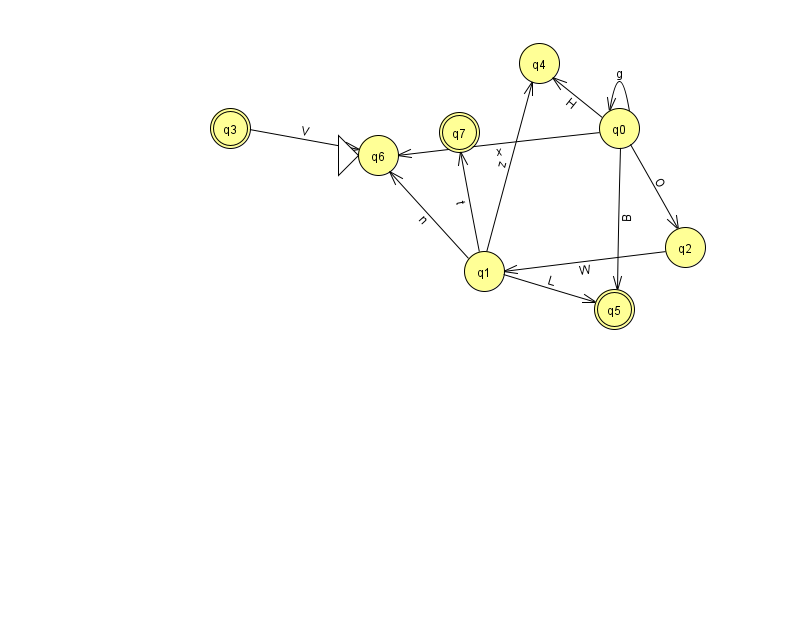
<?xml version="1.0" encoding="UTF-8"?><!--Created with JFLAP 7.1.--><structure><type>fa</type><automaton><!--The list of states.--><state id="0" name="q0"><x>619.0</x><y>115.0</y></state><state id="1" name="q1"><x>484.0</x><y>258.0</y></state><state id="2" name="q2"><x>685.0</x><y>234.0</y></state><state id="3" name="q3"><x>230.0</x><y>115.0</y><final/></state><state id="4" name="q4"><x>539.0</x><y>50.0</y></state><state id="5" name="q5"><x>614.0</x><y>296.0</y><final/></state><state id="6" name="q6"><x>378.0</x><y>142.0</y><initial/></state><state id="7" name="q7"><x>459.0</x><y>119.0</y><final/></state><!--The list of transitions.--><transition><from>2</from><to>1</to><read>W</read></transition><transition><from>0</from><to>5</to><read>B</read></transition><transition><from>0</from><to>4</to><read>H</read></transition><transition><from>1</from><to>4</to><read>z</read></transition><transition><from>0</from><to>0</to><read>g</read></transition><transition><from>1</from><to>7</to><read>t</read></transition><transition><from>3</from><to>6</to><read>V</read></transition><transition><from>0</from><to>2</to><read>O</read></transition><transition><from>0</from><to>6</to><read>x</read></transition><transition><from>1</from><to>5</to><read>L</read></transition><transition><from>1</from><to>6</to><read>n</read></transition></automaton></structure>